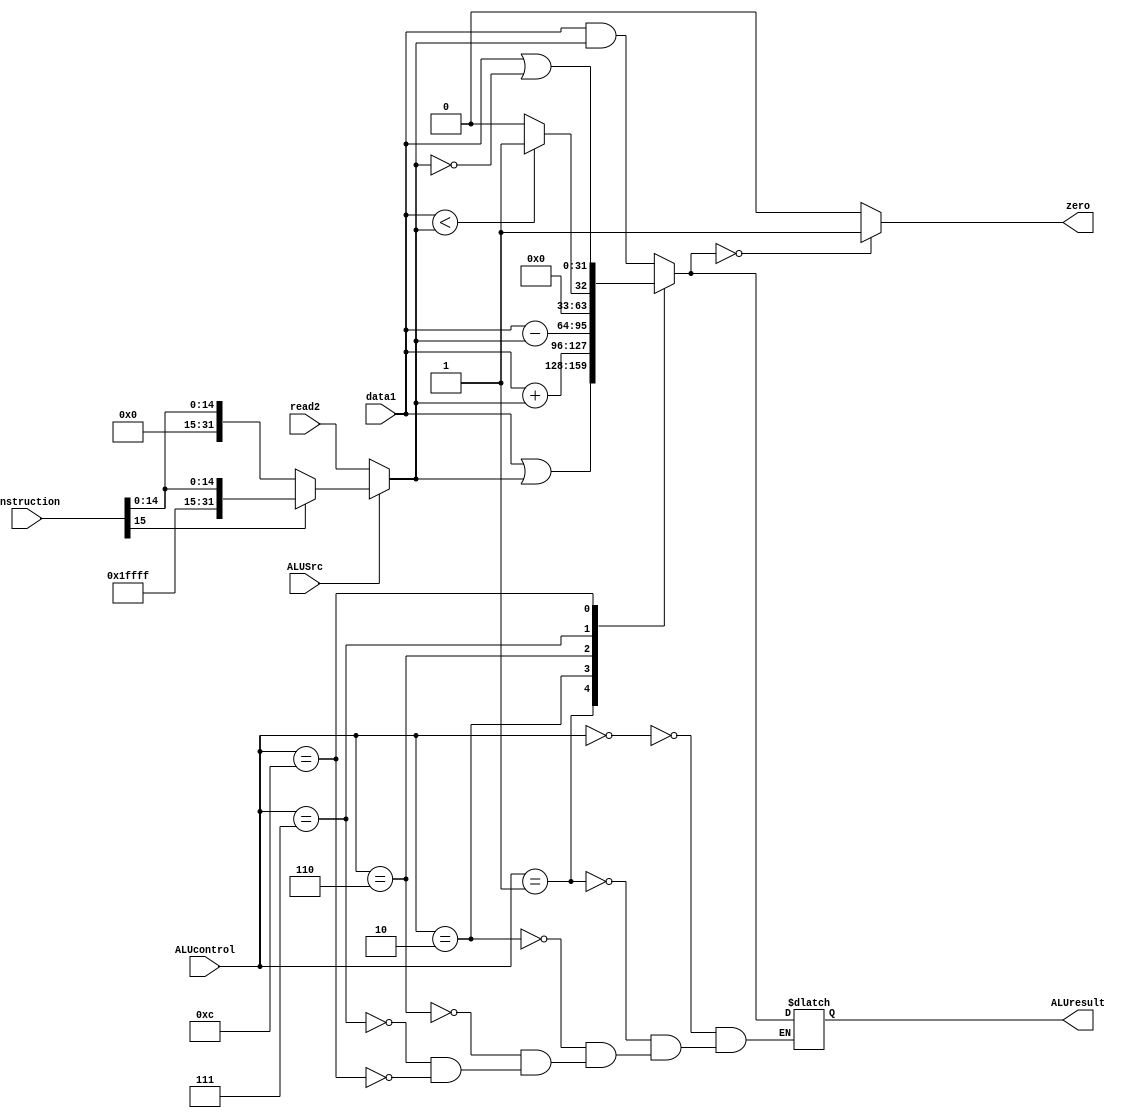
`timescale 1ns / 1ps


module ALU (
    input [31:0] data1,
    input [31:0] read2,
    input [31:0] instruction,
    input ALUSrc,
    input [3:0] ALUcontrol,
    output reg zero,
    output reg [31:0] ALUresult
);

  reg [31:0] data2;

  always @(ALUSrc, read2, instruction) begin
    if (ALUSrc == 0) begin
      data2 = read2;
    end else begin
      // SignExt[instruction[15:0]]
      if (instruction[15] == 1'b0) begin
        data2 = {16'b0, instruction[15:0]};
      end else begin
        data2 = {{16{1'b1}}, instruction[15:0]};
      end
    end
  end

  always @(data1, data2, ALUcontrol) begin
    case (ALUcontrol)
      4'b0000:  // AND
      ALUresult = data1 & data2;
      4'b0001:  // OR
      ALUresult = data1 | data2;
      4'b0010:  // ADD
      ALUresult = data1 + data2;
      4'b0110:  // SUB
      ALUresult = data1 - data2;
      4'b0111:  // SLT
      ALUresult = (data1 < data2) ? 1 : 0;
      4'b1100:  // NOR
      ALUresult = data1 | ~data2;
      default: ;
    endcase
    if (ALUresult == 0) begin
      zero = 1;
    end else begin
      zero = 0;
    end
  end

endmodule